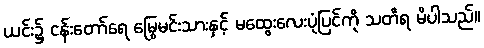
ယင်း၌ ငန်းတော်ရေ မြွေမင်းသားနှင့် မထွေးလေးပုံပြင်ကို သတိရ မိပါသည်။